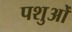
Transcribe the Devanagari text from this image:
पशुओँ